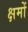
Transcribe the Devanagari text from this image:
क्षमों